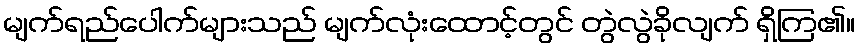
မျက်ရည်ပေါက်များသည် မျက်လုံးထောင့်တွင် တွဲလွဲခိုလျက် ရှိကြ၏။